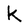
Character: k